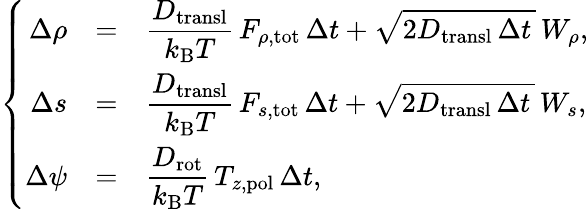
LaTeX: \left\{ \begin{array}{rcl}{{\Delta\rho}}&{=}&{\displaystyle\frac{D_{\mathrm{transl}}}{k_{\mathrm{B}}T}\, F_{\rho,\mathrm{tot}}\, {\Delta t}+\sqrt{2D_{\mathrm{transl}}\, \Delta t\, }\, W_{\rho},}\\ {{\Delta s}}&{=}&{\displaystyle\frac{D_{\mathrm{transl}}}{k_{\mathrm{B}}T}\, F_{s,\mathrm{tot}}\, {\Delta t}+\sqrt{2D_{\mathrm{transl}}\, \Delta t\, }\, W_{s},}\\ {{\Delta\psi}}&{=}&{\displaystyle\frac{D_{\mathrm{rot}}}{k_{\mathrm{B}}T}\, T_{z,\mathrm{pol}}\, {\Delta t},}\end{array}\right.